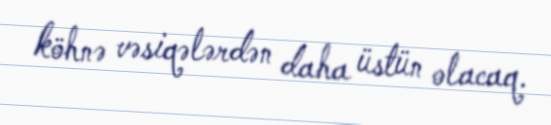
köhnə vəsiqələrdən daha üstün olacaq.